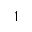
1